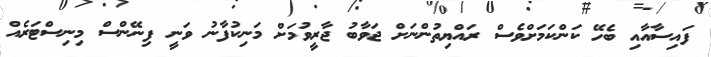
ފައިސާއާއި ބެހޭ ކަންކަމަށްވެސް ރައްޔިތުންނަށް ޖަވާބު ޖާރީވުމަށް މަނިކުފާނު ވަނީ ފިނޭންސް މިނިސްޓަރެއް